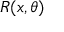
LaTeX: R ( x , \theta )